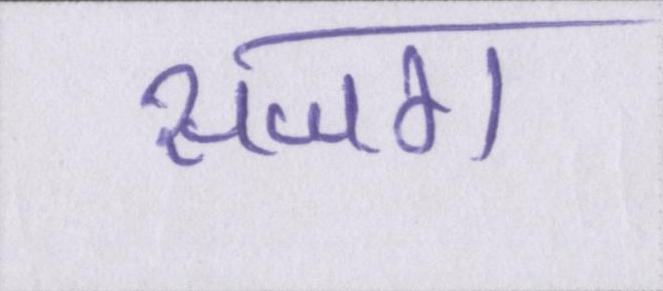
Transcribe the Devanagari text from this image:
सजग